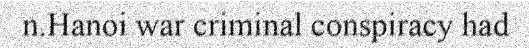
n.Hanoi war criminal conspiracy had